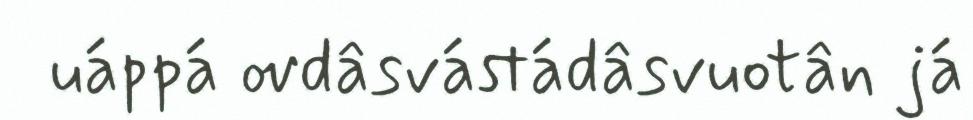
uáppá ovdâsvástádâsvuotân já